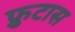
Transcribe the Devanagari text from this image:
फ्रुटास